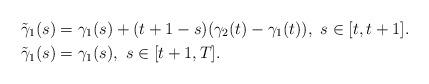
LaTeX: \begin{align*} & \tilde{\gamma}_1(s)=\gamma_1(s)+(t+1-s)(\gamma_2(t)-\gamma_1(t)),\ s \in [t,t+1].\\ & \tilde{\gamma}_1(s)=\gamma_1(s),\ s \in [t+1,T].\end{align*}